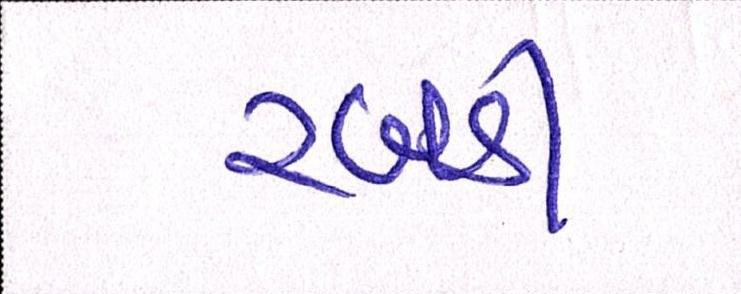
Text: રબડી